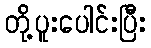
တို့ပူးပေါင်းပြီး